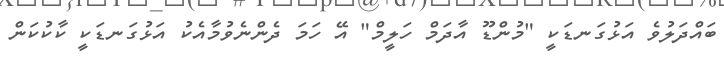
ބައްދަލުވެ އަޅުގަނޑަކީ "މުންޑޫ އާދަމް ހަލީމް" އޭ ހަމަ ދެންނެވުމާއެކު އަޅުގަނޑަކީ ކާކުކަން